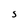
Character: S